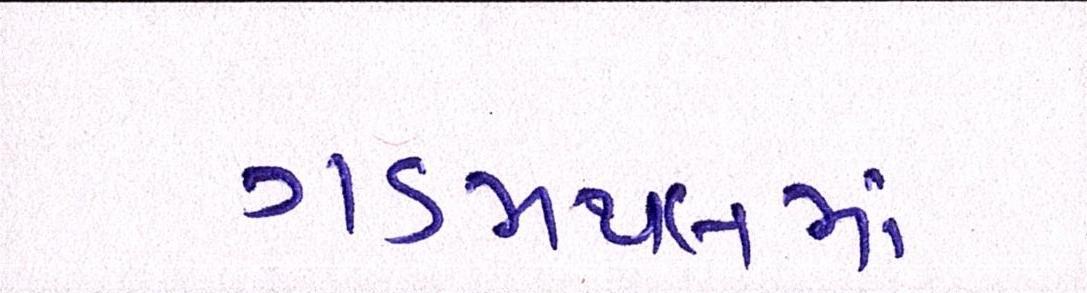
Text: ગડમથલમાં